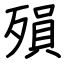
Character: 殞